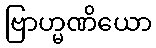
ဗြာဟ္မဏိယော